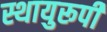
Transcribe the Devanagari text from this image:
स्थायुरूपी